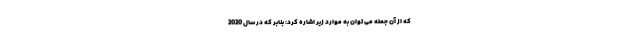
که از آن جمله می توان به موارد زیر اشاره کرد: بنابر که در سال 2020